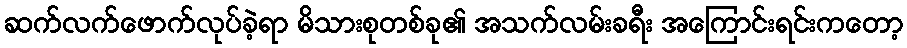
ဆက်လက်ဖောက်လုပ်ခဲ့ရာ မိသားစုတစ်ခု၏ အသက်လမ်းခရီး အကြောင်းရင်းကတော့